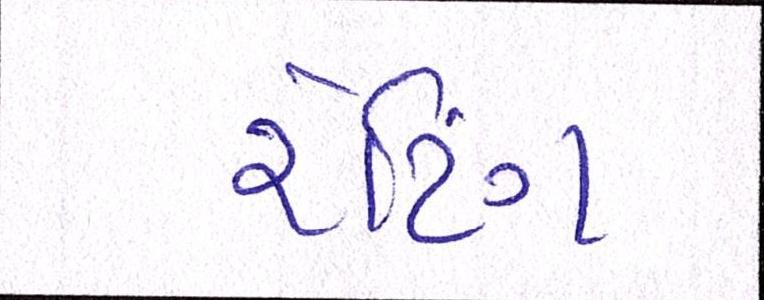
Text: રેટિંગ